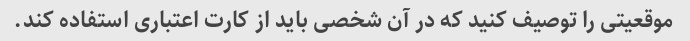
موقعیتی را توصیف کنید که در آن شخصی باید از کارت اعتباری استفاده کند.